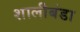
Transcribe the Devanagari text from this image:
शालीबंडा